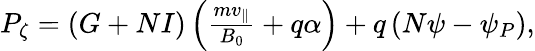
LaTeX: \begin{array}{r}{P_{\zeta}=\left(G+NI\right)\left(\frac{mv_{\| }}{B_{0}}+q\alpha\right)+q\left(N\psi-\psi_{P}\right),}\end{array}